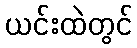
ယင်းထဲတွင်